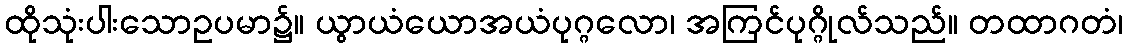
ထိုသုံးပါးသောဥပမာ၌။ ယွာယံယောအယံပုဂ္ဂလော၊ အကြင်ပုဂ္ဂိုလ်သည်။ တထာဂတံ၊